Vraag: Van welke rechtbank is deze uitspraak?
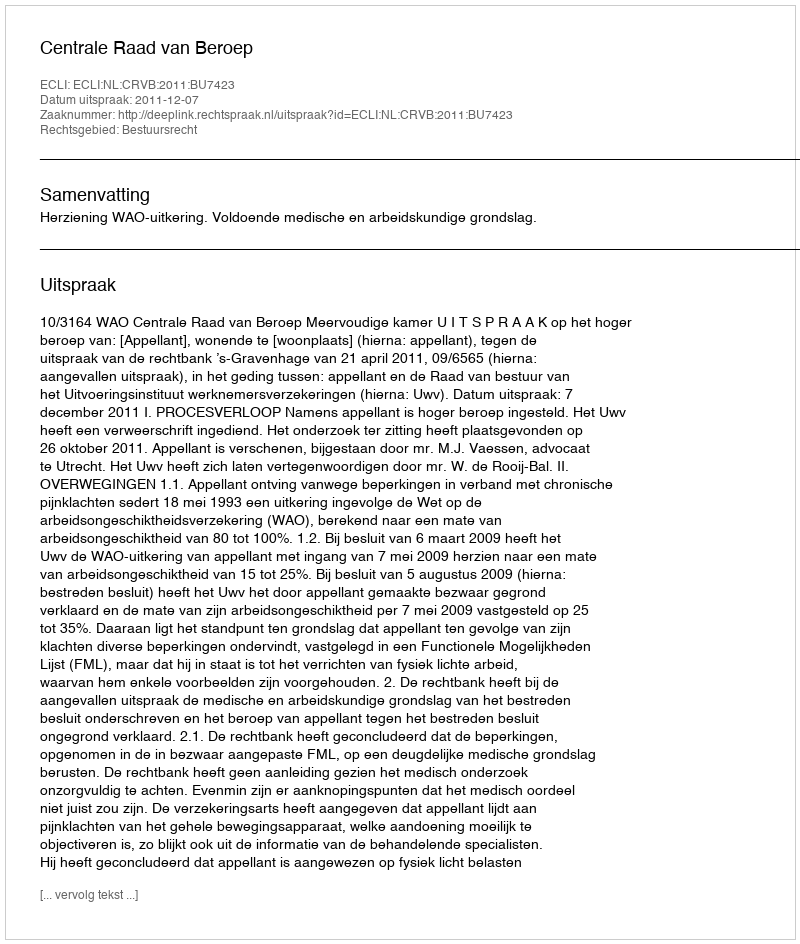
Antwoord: Centrale Raad van Beroep